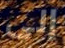
إلى